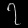
Digit: ၇